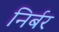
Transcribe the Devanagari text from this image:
निर्बर